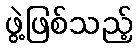
ဖွဲ့ဖြစ်သည့်